Annual report of the Civil Veterinary Department, Bengal, for the year 1896-97 - 1896-1897
Year: 1896
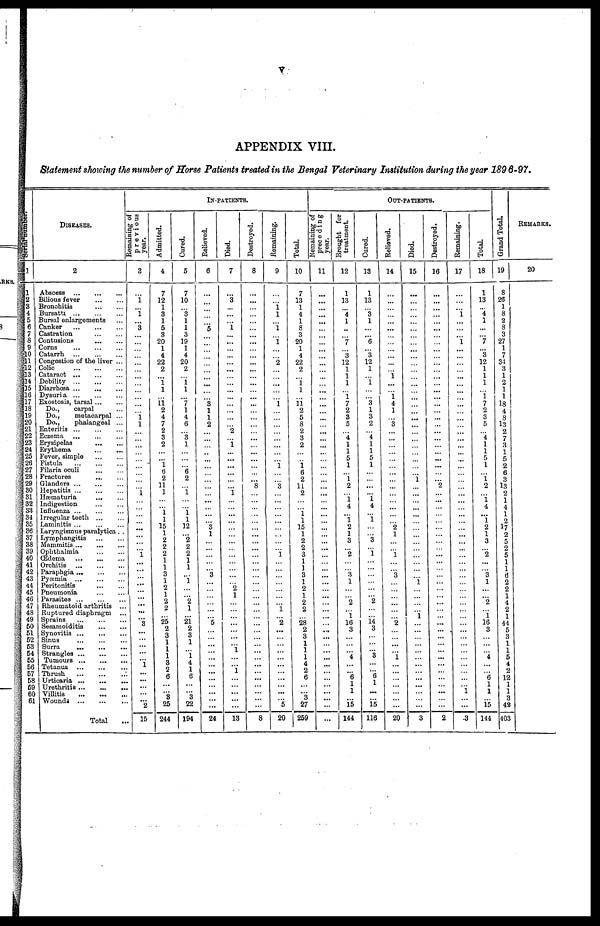
v
APPENDIX VIII.
Statement showing the number of Morse Patients treated in the Bengal Veterinary Institution during the year 1896-97.
1
1
2
3
4
5
6
7
8
9
10
11
12
13
14
15
16
17
18
19
20
21
22
23
24
25
26
27
28
29
30
31
32
33
34
35
36
37
38
39
40
41
42
43
44
45
46
47
48
49
50
51
52
53
54
55
56
57
58
59
60
61
DISEASES.
2
Abscess
...
...
...
Bilious fever
...
...
Bronchitis
...
...
Bursatti
...
...
...
Bursal enlargements ...
Canker ... ... ...
Castration
...
...
Contusions
...
...
Corns ... ... ...
Catarrh
...
...
...
Congestion of the liver ...
Colic
...
...
...
Cataract
...
...
...
Debility
...
...
...
Diarrhœa
...
...
...
Dysuria
...
...
...
Exostosis, tarsal ... ...
Do.,
carpal ...
Do.,
metacarpal ...
Do.,
phalangeal ...
Enteritis
...
...
...
Eczema ... ... ...
Erysipelas
...
...
Erythema
...
...
Fever, simple
...
...
Fistula
...
...
...
Filaria oculi ... ...
Fractures
...
...
Glanders
...
...
...
Hepatitis
...
...
...
Hæmaturia
...
...
Indigestion
...
...
Influenza
...
...
...
Irregular teeth
...
...
Laminitis
...
...
...
Laryngismus paralytica . .
Lymphangitis
...
...
Mammitis ... ... ...
Ophthalmia
...
...
Œdema ... ... ...
Orchitis
Paraphgia
Pyæmia
Peritonitis ... ...
Pneumonia
...
...
Parasites
...
...
...
Rheumatoid arthritis ...
Ruptured diaphragm ...
Sprains
Sesamoiditis
Synovitis ...
Sinus
Surra
... ... ...
Strangles
Tumours ... ... ...
Tetanus ... ... ...
Thrush ... ... ...
Urticaria
Urethritis
Villitis
...
Wounds
Total ....
IN-PATINTS.
Remaining of
previous
year.
3
...
1
...
1
...
3
...
...
...
...
...
...
...
...
...
...
...
... 1
1
...
...
...
...
...
...
...
...
...
1
... ...
...
...
...
...
...
...
1
... ...
...
...
...
...
...
...
...
3
... ...
...
... ...
...
... ...
...
...
...
2
15
Admitted.
4
7
12
1
3
1
5
3
20
1
4
22
2
...
1 1
...
11 2
4
7
2
3
2
...
... 1 6
2
11
1
...
...
1 1
15
1
2
2
2
1
1
3
1
2
1
2
2
...
25
2
3
1
1
1
3
2
6
...
...
3
25
244
Cured.
5
7
10
... 3
1
1
3
19
1
4
20
2
... 1
1
...
7
1
4
6
... 3
1
...
...
... 6
2
...
1
...
...
1 1
12
... 2
2
2
1
1
...
1
...
...
2
1
...
21
2
3
1
... 1
4
1
6
...
...
3
22
194
Relieved.
6
...
...
...
...
...
5
...
...
...
...
...
...
...
...
...
...
3
1
1
2
...
...
...
...
... ...
...
...
...
...
... ...
... ...
3
1
...
... ...
...
...
3
... ...
...
...
... ...
5
... ...
...
... ...
...
... ...
...
...
...
...
24
Died.
7
...
3
...
...
...
1
...
...
...
...
...
...
...
...
...
...
...
...
...
... 2
...
1
...
...
...
...
...
...
1
...
...
... ...
...
...
...
...
...
...
...
...
...
2
1
...
...
...
...
...
...
...
1
...
... 1
1
...
...
...
...
13
Destroyed.
8
...
...
...
...
...
...
...
...
...
...
...
...
...
...
...
...
...
...
...
...
...
...
...
...
...
...
...
...
8
...
... ...
...
...
...
...
...
...
...
...
...
...
...
...
...
...
...
...
...
... ...
...
... ...
...
... ...
...
...
...
...
8
Remaining.
9
...
... 1
1
...
1
...
1
...
...
2
...
...
...
...
...
1
...
...
...
...
...
...
...
... 1
...
...
3
...
...
...
... ...
...
...
...
... 1
... ...
...
...
...
...
...
1
...
2
...
... ...
... ...
...
... ...
...
...
...
5
20
Total.
10
7
13
1
4
1
8
3
20
1
4
22
2
... 1 1
...
11 2
5
8
2
3
2
...
...
1
6
2
11 2
...
...
1
1
15
1
2
2
3
1
1
3
1
2
1
2
2
...
28
2
3
1
1 1
4
2 6
...
...
3
27
259
OUT-PATIENTS.
Remaining of
preceding
year.
11
...
...
...
...
...
...
...
...
...
...
...
...
...
...
...
...
...
...
...
...
... ...
...
...
...
...
... ...
...
... ...
...
...
...
...
...
...
...
...
...
...
...
... ...
...
...
...
...
...
...
... ...
... ...
...
...
...
...
...
...
...
...
Brought for
treatment.
12
1
13
...
4 1
...
...
7
... 3
12
1
1
1
...
1
7
2
3
5
... 4
1
1
5
1
... 1
2
... 1 4
... 1
2
1
3
...
2
... ...
3
...
...
...
2
...
...
16
3
... ...
... 4
...
...
6
1
1
...
15
144
Cured.
13
1
13
... 3
1
...
...
6
... 3
12
1
...
1
...
... 3
1
3
2
... 4 1
1
5
1
...
...
...
... 1 4
... 1
...
... 3
... 1
...
...
...
1
...
...
2
...
...
14
3
...
...
... 3
...
...
6
1
...
...
15
116
Relieved.
14
...
...
...
...
...
...
...
...
...
...
...
...
1
...
...
1
4
1
...
3
... ...
...
...
...
...
... ...
...
...
...
...
...
...
2
1
... ...
1
...
...
3
...
...
...
...
...
...
2
... ...
...
...
1
...
...
...
...
...
...
...
20
Died.
15
...
...
...
...
...
...
...
...
...
...
...
...
...
...
...
...
...
...
...
...
...
...
...
...
...
...
... 1
...
... ...
...
... ...
...
...
...
...
...
...
...
...
1
...
...
...
...
1
...
... ...
...
... ...
...
...
...
...
...
...
...
3
Destroyed.
16
...
...
...
...
...
...
...
...
...
...
...
...
...
...
...
...
...
...
...
...
...
...
...
...
...
...
...
...
2
... ...
...
...
...
...
...
...
...
...
... ...
...
...
... ...
...
...
...
...
...
...
...
... ...
...
... ...
...
...
...
...
2
Remaining.
17
...
...
...
1
...
...
...
1
...
...
...
...
...
...
...
...
...
...
...
...
...
...
...
... ...
...
...
...
...
... ...
...
... ...
...
...
... ...
...
...
...
...
... ...
...
...
... ...
...
...
...
...
... ...
...
...
...
...
1
...
...
3
Total.
18
1
13
...
4 1
...
... 7
... 3
12
1
1
1
...
1 7
2
3
5
... 4 1
1
5
1
... 1
2
... 1 4
... 1
2
1
3
...
2
...
...
3
1
... ...
2
...
1
16
3
...
...
... 4
...
... 6
1
1
...
15
144
Grand Total.
19
8
26
1
8
2
8
3
27
1
7
34
3
1
2
1
1
18
4
8
13
2
7
3
1
5
2
6
3
13
2
1
4
1
2
17
2
5
2
5
1
1
6
2
2
1
4
2
1
44
5
3
1
1 5
4
2
12
1
1
3
42
403
REMARKS.
20